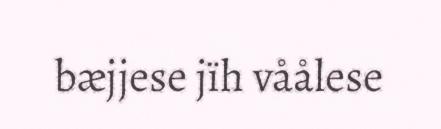
bæjjese jïh våålese